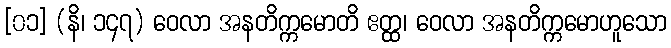
[၀၁] (နိ၊ ၁၄၇) ဝေလာ အနတိက္ကမောတိ ဧတ္ထ၊ ဝေလာ အနတိက္ကမောဟူသော